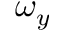
\omega _ { y }